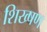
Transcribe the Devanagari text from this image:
शिख्षण